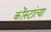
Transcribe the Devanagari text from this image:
कोंस्टांत्या